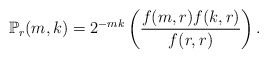
\begin{align*}\mathbb{P}_{r}(m,k) = 2^{-mk}\left(\frac{f(m,r)f(k,r)}{f(r,r)}\right).\end{align*}